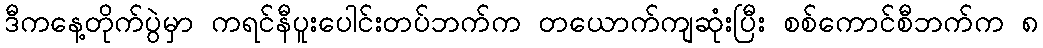
ဒီကနေ့တိုက်ပွဲမှာ ကရင်နီပူးပေါင်းတပ်ဘက်က တယောက်ကျဆုံးပြီး စစ်ကောင်စီဘက်က ၈